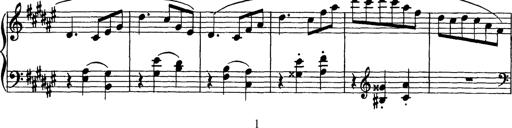
Title: Valses oubliÃ©es
Composer: Franz Liszt